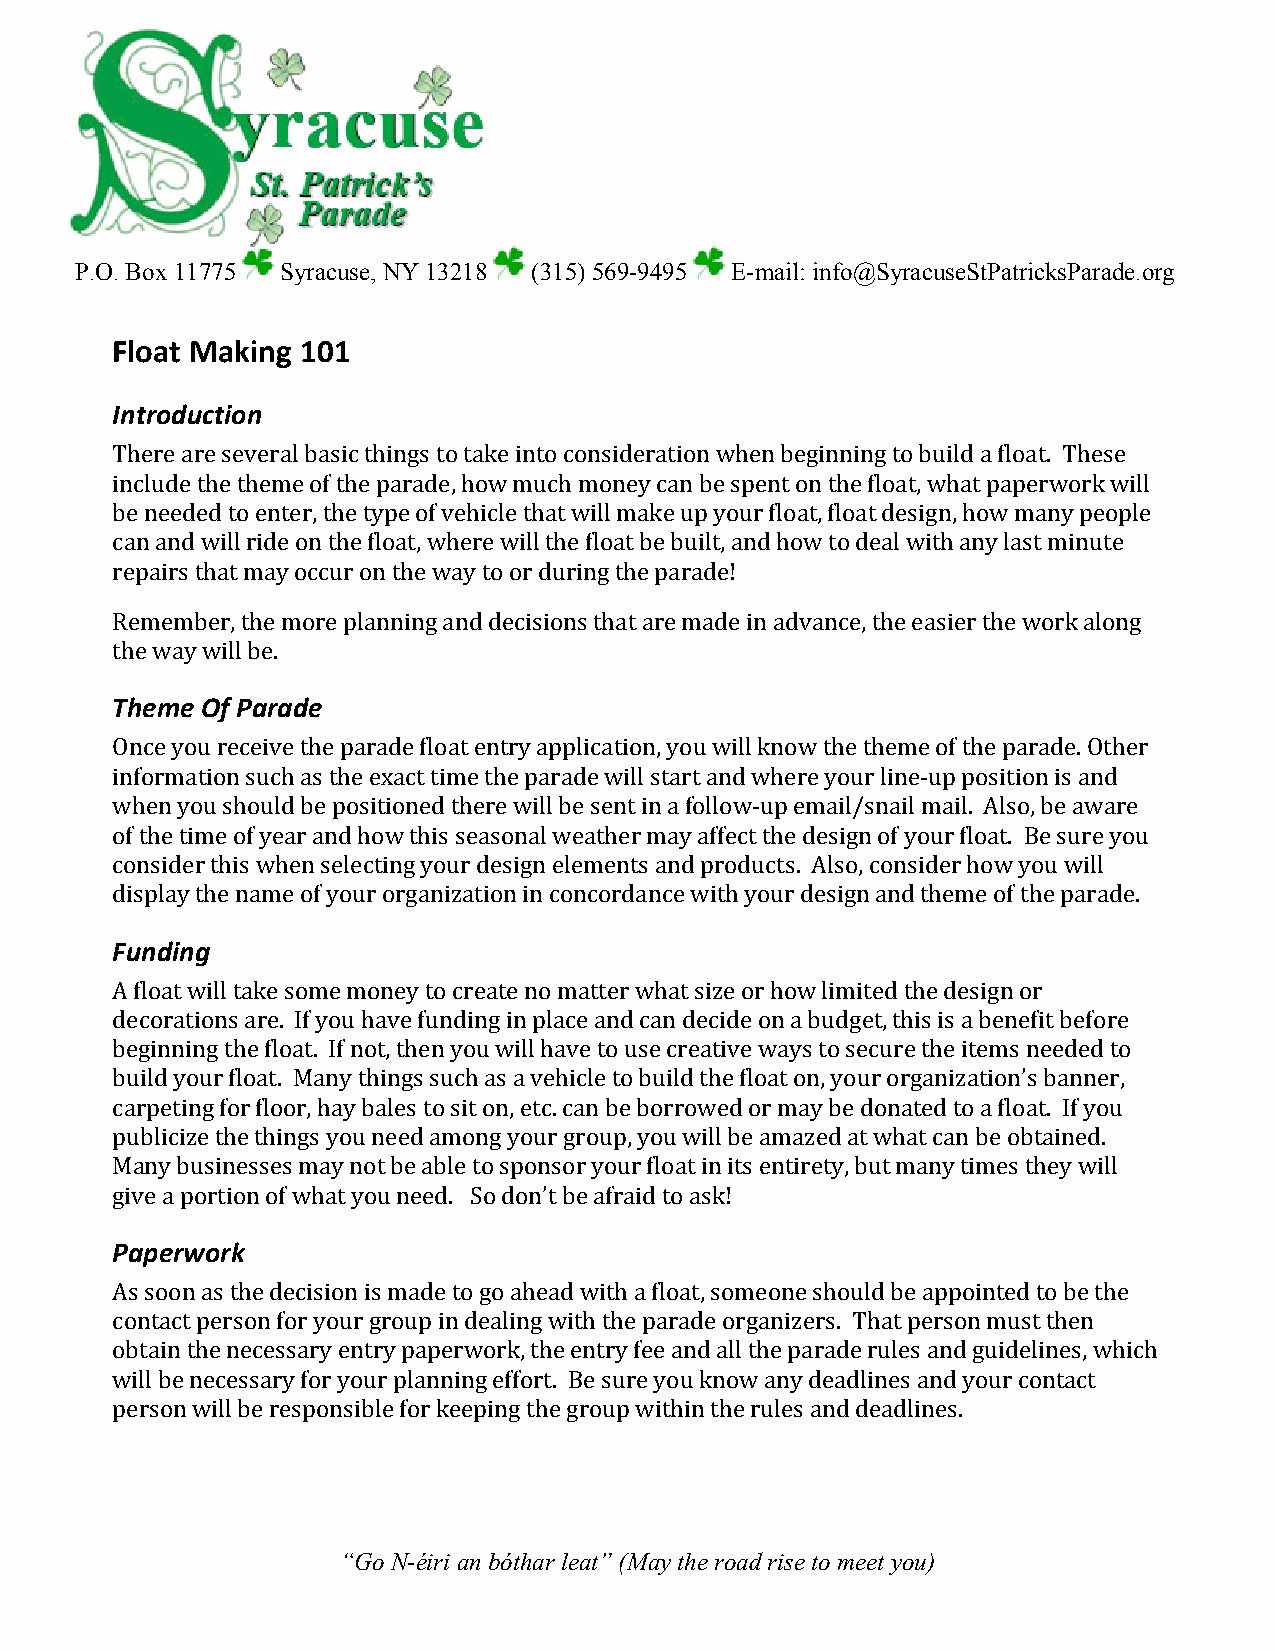
P.O. Box 11775 Syracuse, NY 13218 (315) 569-9495 E-mail: info@SyracuseStPatricksParade.org
 Float Making 101
 Introduction
 There are several basic things to take into consideration when beginning to build a float. These
 include the theme of the parade, how much money can be spent on the float, what paperwork will
 be needed to enter, the type of vehicle that will make up your float, float design, how many people
 can and will ride on the float, where will the float be built, and how to deal with any last minute
 repairs that may occur on the way to or during the parade!
 Remember, the more planning and decisions that are made in advance, the easier the work along
 the way will be.
 Theme Of Parade
 Once you receive the parade float entry application, you will know the theme of the parade. Other
 information such as the exact time the parade will start and where your line‐up position is and
 when you should be positioned there will be sent in a follow‐up email/snail mail. Also, be aware
 of the time of year and how this seasonal weather may affect the design of your float. Be sure you
 consider this when selecting your design elements and products. Also, consider how you will
 display the name of your organization in concordance with your design and theme of the parade.
 Funding
 A float will take some money to create no matter what size or how limited the design or
 decorations are. If you have funding in place and can decide on a budget, this is a benefit before
 beginning the float. If not, then you will have to use creative ways to secure the items needed to
 build your float. Many things such as a vehicle to build the float on, your organization’s banner,
 carpeting for floor, hay bales to sit on, etc. can be borrowed or may be donated to a float. If you
 publicize the things you need among your group, you will be amazed at what can be obtained.
 Many businesses may not be able to sponsor your float in its entirety, but many times they will
 give a portion of what you need. So don’t be afraid to ask!
 Paperwork
 As soon as the decision is made to go ahead with a float, someone should be appointed to be the
 contact person for your group in dealing with the parade organizers. That person must then
 obtain the necessary entry paperwork, the entry fee and all the parade rules and guidelines, which
 will be necessary for your planning effort. Be sure you know any deadlines and your contact
 person will be responsible for keeping the group within the rules and deadlines.
 “Go N-éiri an bóthar leat” (May the road rise to meet you)